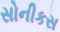
સોનીકસ